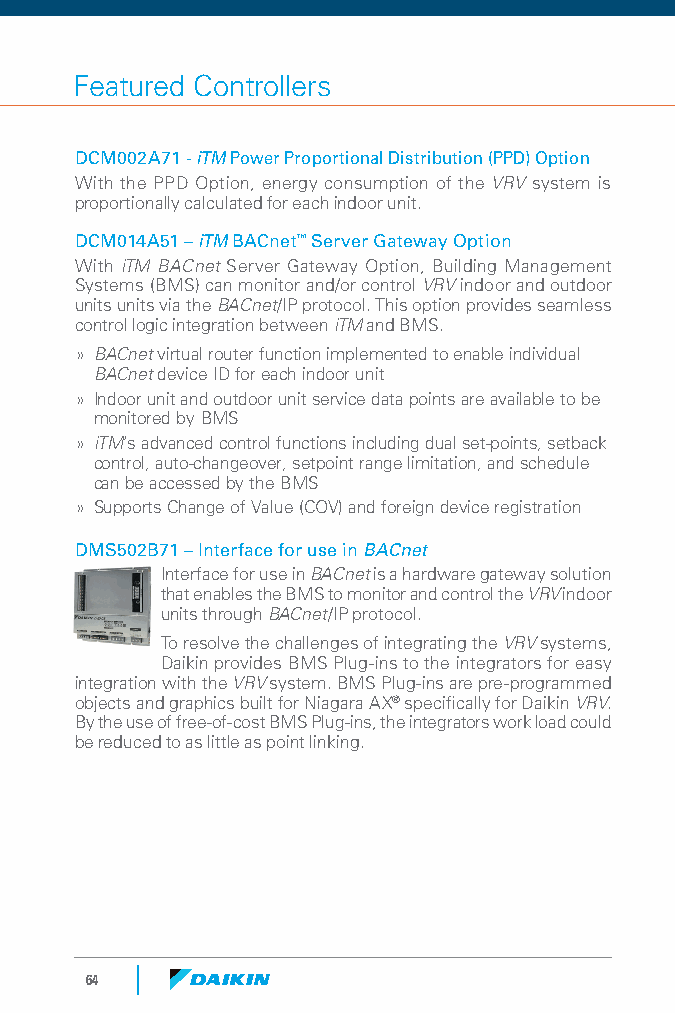
Featured Controllers
 DCM002A71 - iTM Power Proportional Distribution (PPD) Option
 With the PPD Option, energy consumption of the VRV system is
 proportionally calculated for each indoor unit.
 DCM014A51 – iTM BACnet™ Server Gateway Option
 With iTM BACnet Server Gateway Option, Building Management
 Systems (BMS) can monitor and/or control VRV indoor and outdoor
 units units via the BACnet/IP protocol. This option provides seamless
 control logic integration between iTM and BMS.
 » BACnet virtual router function implemented to enable individual
 BACnet device ID for each indoor unit
 » Indoor unit and outdoor unit service data points are available to be
 monitored by BMS
 » iTM’s advanced control functions including dual set-points, setback
 control, auto-changeover, setpoint range limitation, and schedule
 can be accessed by the BMS
 » Supports Change of Value (COV) and foreign device registration
 DMS502B71 – Interface for use in BACnet
 Interface for use in BACnet is a hardware gateway solution
 that enables the BMS to monitor and control the VRV indoor
 units through BACnet/IP protocol.
 To resolve the challenges of integrating the VRV systems,
 Daikin provides BMS Plug-ins to the integrators for easy
 integration with the VRV system. BMS Plug-ins are pre-programmed
 objects and graphics built for Niagara AX® specifically for Daikin VRV.
 By the use of free-of-cost BMS Plug-ins, the integrators work load could
 be reduced to as little as point linking.
 64